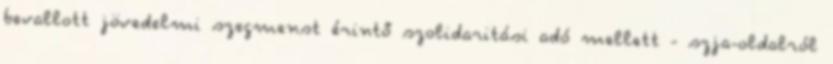
bevallott jövedelmi szegmenst érintő szolidaritási adó mellett - szja-oldalról